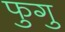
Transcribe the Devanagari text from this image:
फुगु